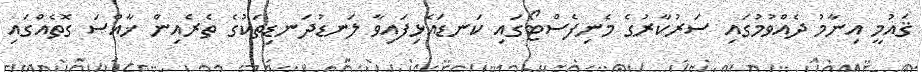
ޤައުމީ އިނާމު ދެއްވުމުގައި ސަރުކާރުގެ މެނިފެސްޓޯގައި ކަނޑައެޅިފައިވާ ލަނޑުދަނޑިތަކުގެ ތެރެއިން ޚާއްޞަ ގޮތެއްގައި